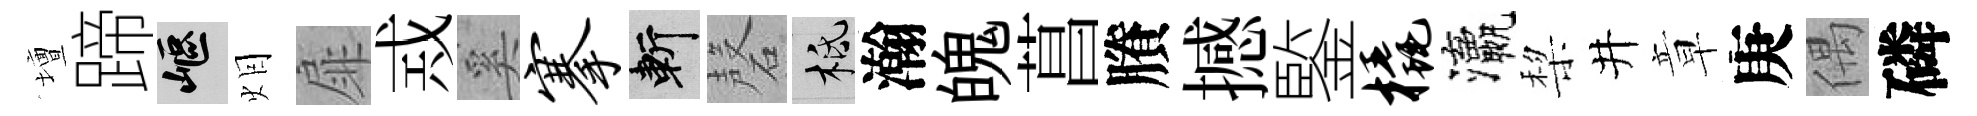
壇蹄嶇𤇆扉𢦶奚搴斬磬柢瀚魄菖賸撼鍳橇瀛棃井章庚偶磷